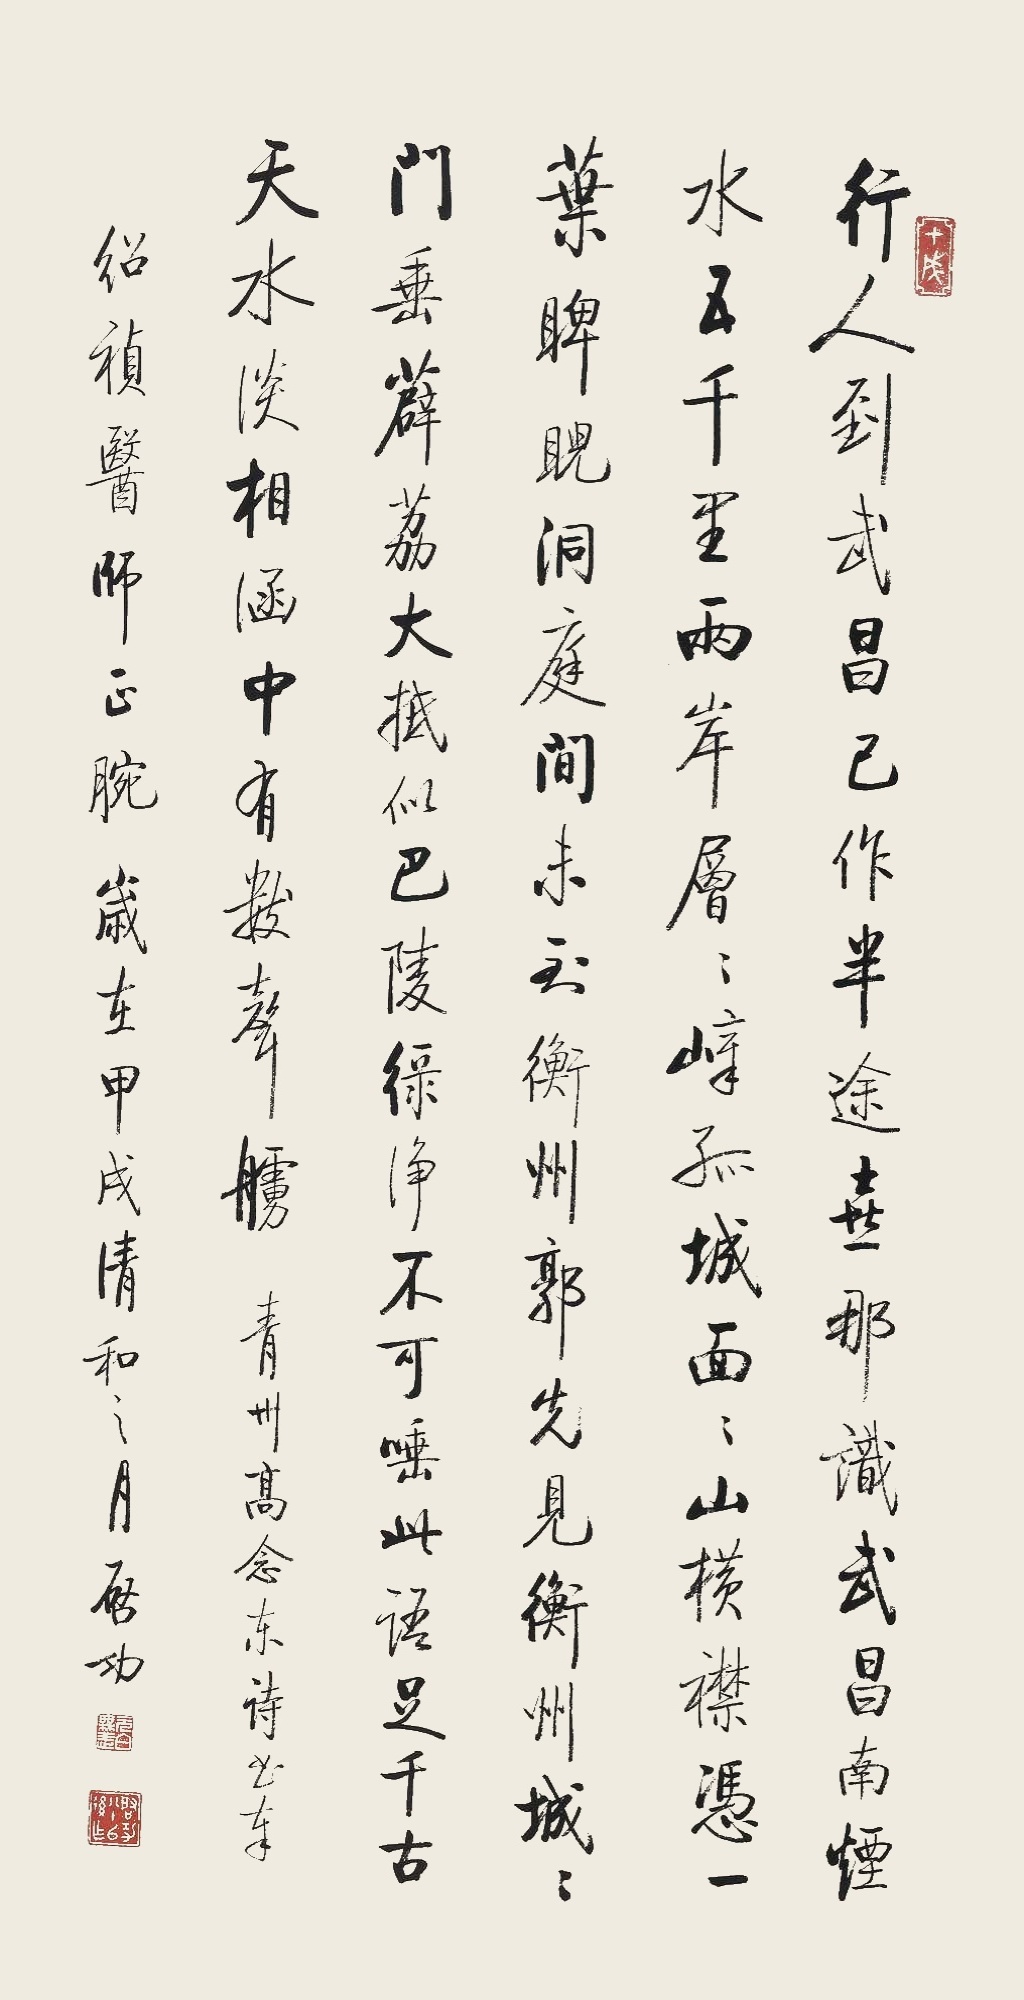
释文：行人到武昌，已作半途喜。那识武昌南，烟水五千里。两岸层层嶂，孤城面面山。横襟凭一叶，睥睨洞庭间。未到衡州郭，先见衡州城。城门垂薜荔，大抵似巴陵。绿净不可唾，此语足千古。天水淡相涵，中有数声橹。青州高念东诗。书奉绍祯医师正腕。岁在甲戌清和之月，启功。